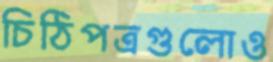
চিঠিপত্রগুলোও